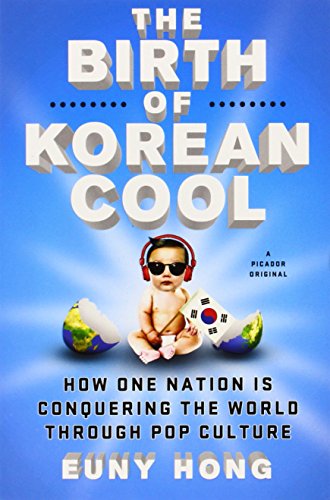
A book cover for The Birth of Korean Cool: How One Nation Is Conquering the World Through Pop Culture; Euny Hong; Business & Money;